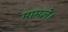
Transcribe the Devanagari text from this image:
मामले।